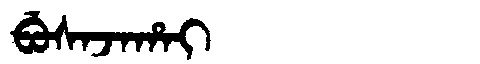
Manchu: ᠪᡠᠰᠠᠵᠠᡥᠠᡳ
Romanization: BUSAJAHAI